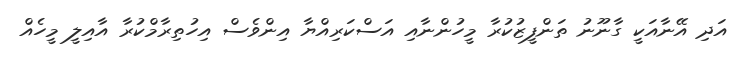
އަދި އޭނާއަކީ ގާނޫނު ތަންފީޒުކުރާ މީހުންނާއި އަސްކަރިއްޔާ އިންވެސް އިހުތިރާމްކުރާ އާއިލީ މީހެއް